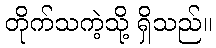
တိုက်သကဲ့သို့ ရှိသည်။